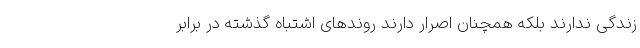
زندگی ندارند بلکه همچنان اصرار دارند روندهای اشتباه گذشته در برابر